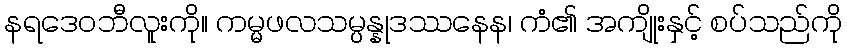
နရဒေဝဘီလူးကို။ ကမ္မဖလသမ္ပန္နုဒဿနေန၊ ကံ၏ အကျိုးနှင့် စပ်သည်ကို